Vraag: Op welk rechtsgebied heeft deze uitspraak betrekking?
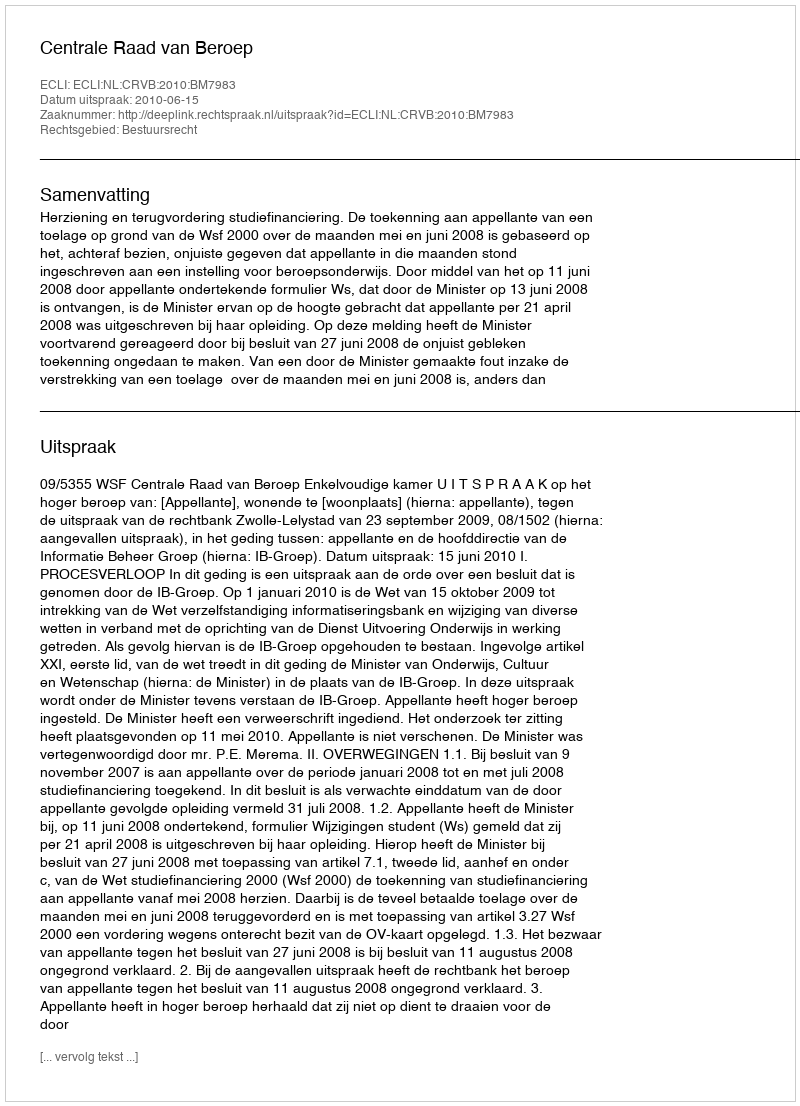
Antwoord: Bestuursrecht